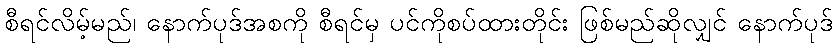
စီရင်လိမ့်မည်၊ နောက်ပုဒ်အစကို စီရင်မှ ပင်ကိုစပ်ထားတိုင်း ဖြစ်မည်ဆိုလျှင် နောက်ပုဒ်